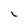
Character: i